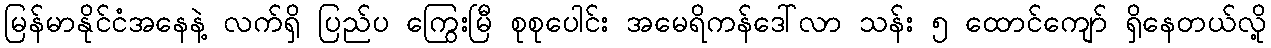
မြန်မာနိုင်ငံအနေနဲ့ လက်ရှိ ပြည်ပ ကြွေးမြီ စုစုပေါင်း အမေရိကန်ဒေါ်လာ သန်း ၅ ထောင်ကျော် ရှိနေတယ်လို့